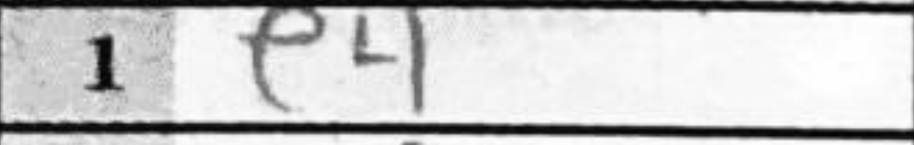
Transcription: e4